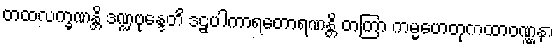
တထလက္ခဏန္တိ ဒဏ္ဍဗုန္ဒေတိ ဒဠှပါကာရတောရဏန္တိ တတြာ ကမ္မဟေတုကထာဝဏ္ဏနာ